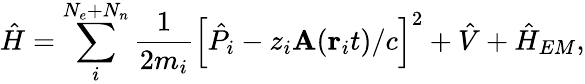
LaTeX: \hat{H}=\sum_{i}^{N_{e}+N_{n}}\frac{1}{2m_{i}}\left[\hat{P}_{i}-z_{i}\mathbf{A}(\mathbf{r}_{i}t)/c\right]^{2}+\hat{V}+\hat{H}_{EM},